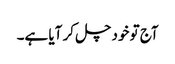
آج تو خود چل کر آیا ہے۔